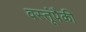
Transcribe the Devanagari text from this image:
वस्तूंपैकी